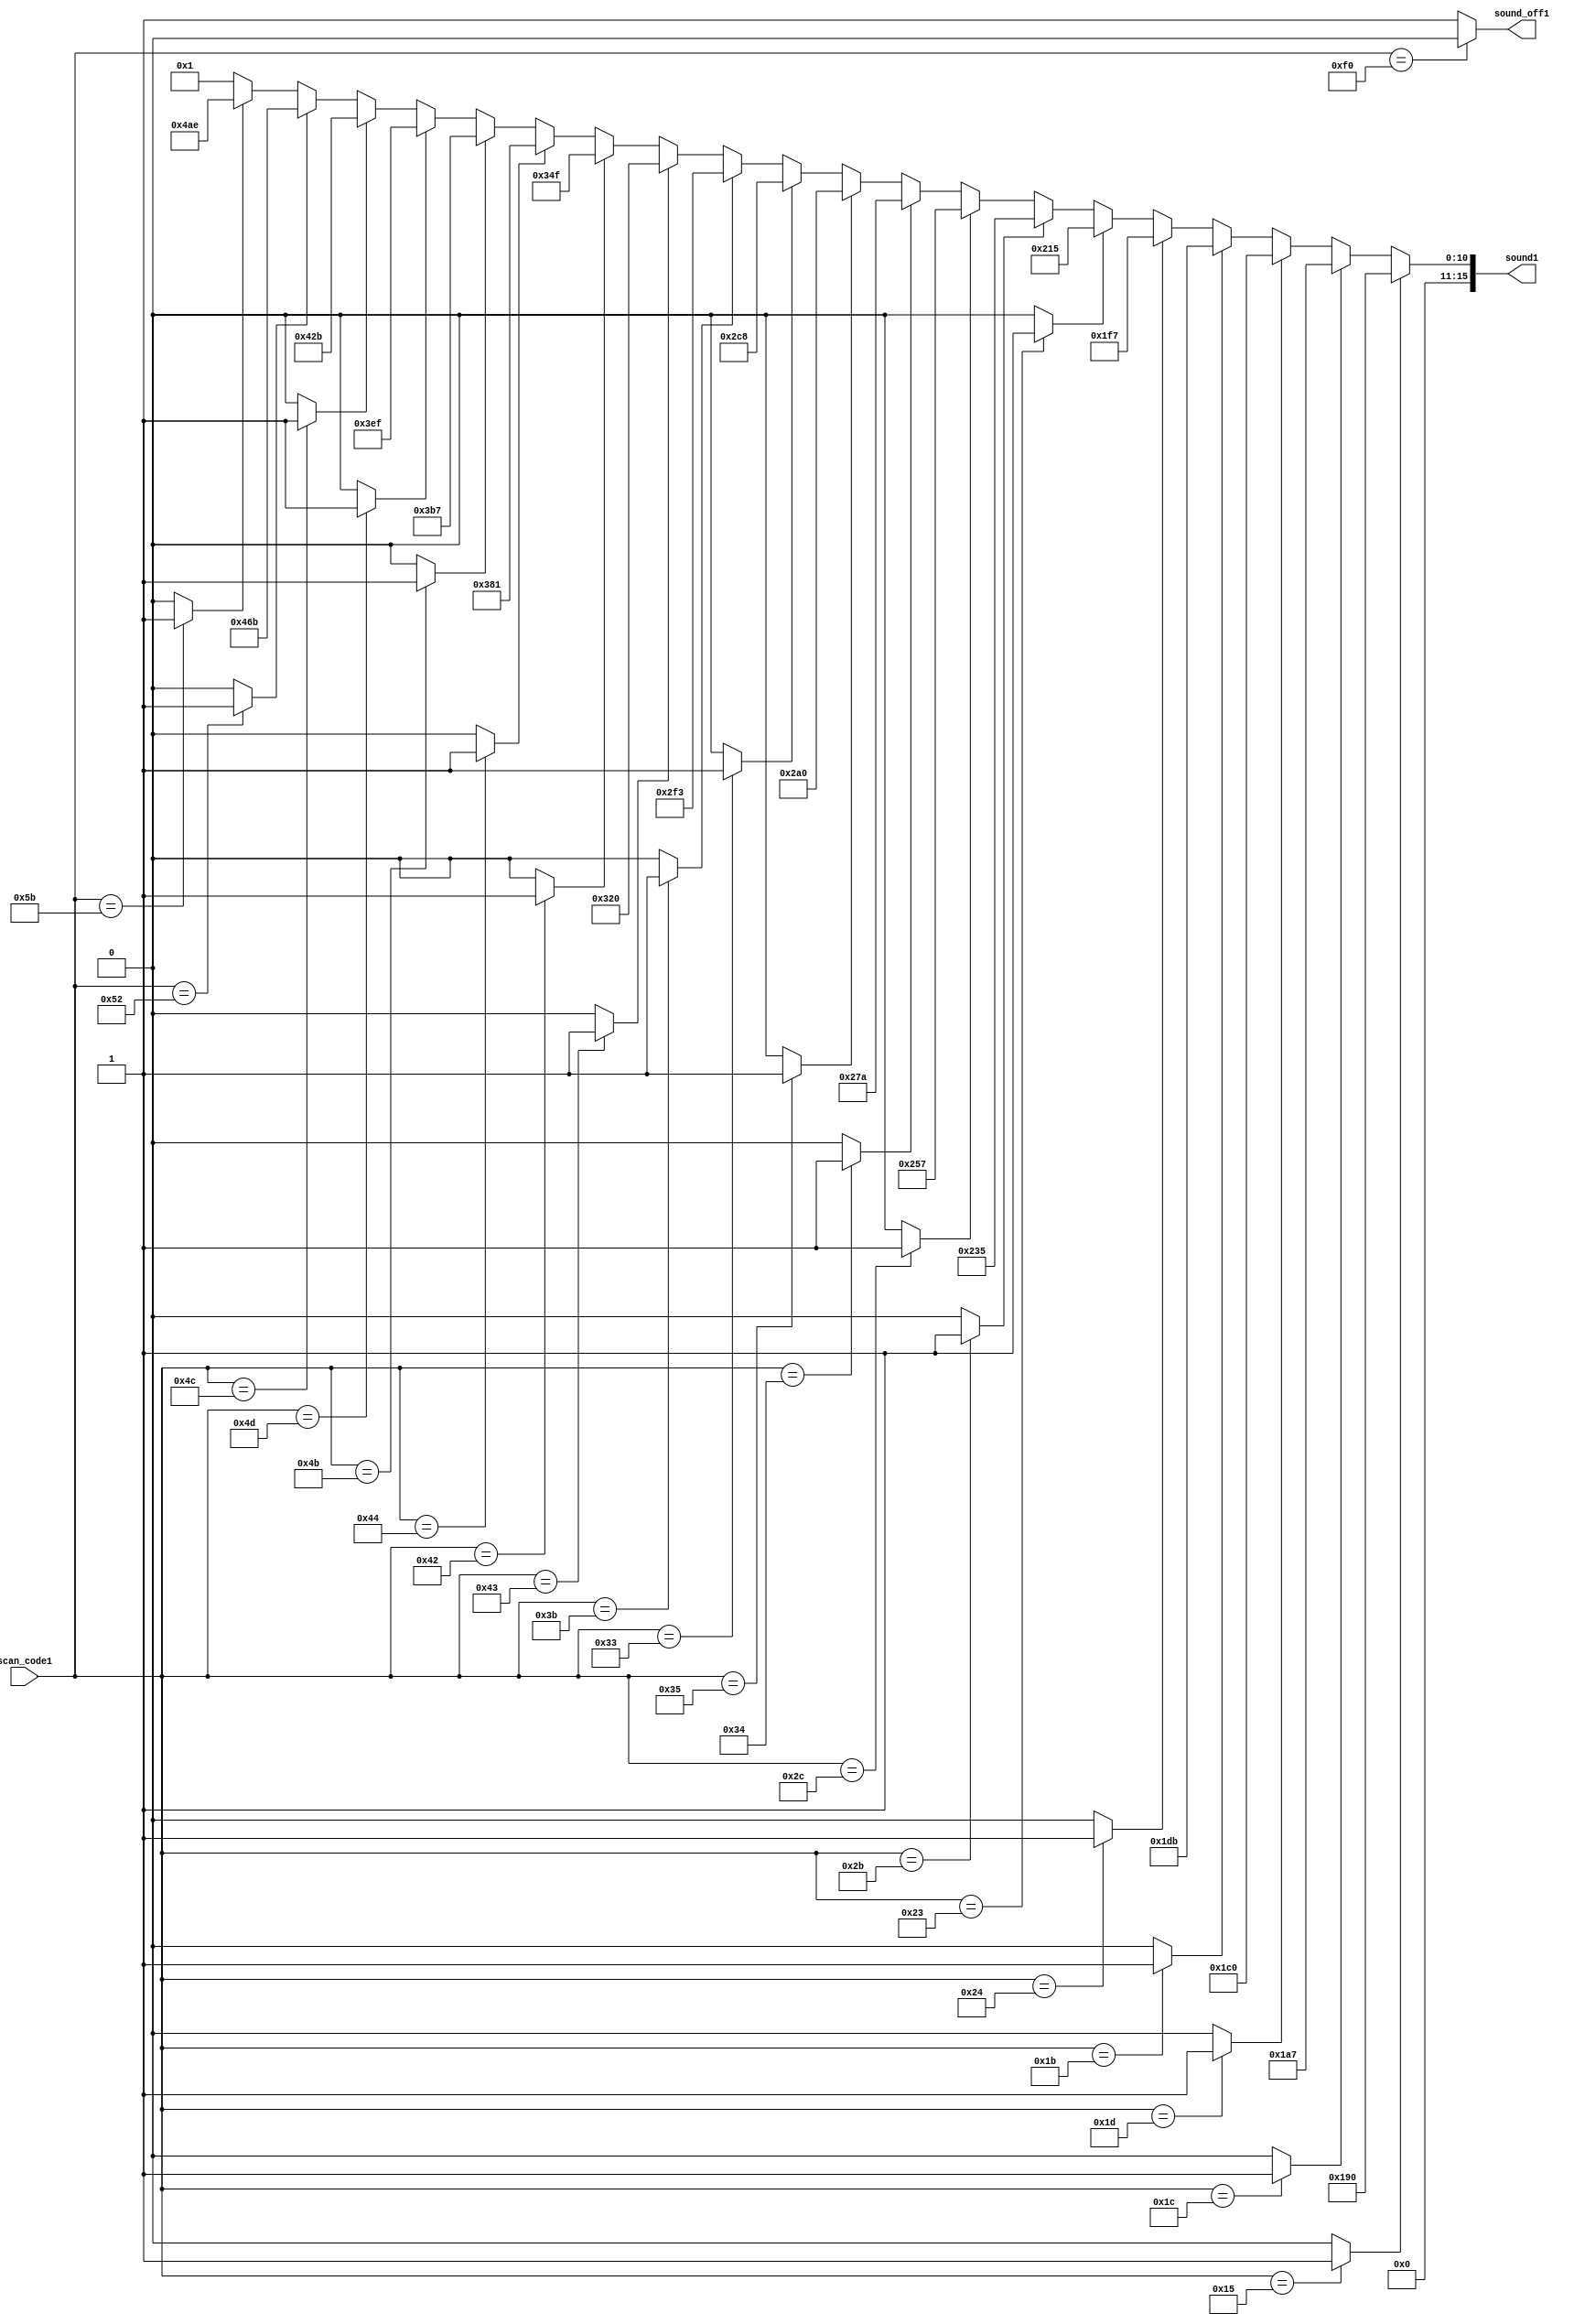
module staff(
	input [7:0]scan_code1,
	output [15:0]sound1,
	output sound_off1
);	
	assign sound_off1=(scan_code1==8'hf0)?0:1;
	wire L_5_tr=(scan_code1==8'h1c)?1:0;
	wire L_6_tr=(scan_code1==8'h1b)?1:0;
	wire L_7_tr=(scan_code1==8'h23)?1:0;
	wire M_1_tr=(scan_code1==8'h2b)?1:0;
	wire M_2_tr=(scan_code1==8'h34)?1:0;
	wire M_3_tr=(scan_code1==8'h33)?1:0;
	wire M_4_tr=(scan_code1==8'h3b)?1:0;
	wire M_5_tr=(scan_code1==8'h42)?1:0;
	wire M_6_tr=(scan_code1==8'h4b)?1:0;
	wire M_7_tr=(scan_code1==8'h4c)?1:0;
	wire H_1_tr=(scan_code1==8'h52)?1:0;
	wire H_2_tr=0;
	wire H_3_tr=0;
	wire H_4_tr=0;
	wire H_5_tr=0;
	wire Hu4_tr=0;
	wire Hu2_tr=0;
	wire Hu1_tr=(scan_code1==8'h5b)?1:0;
	wire Mu6_tr=(scan_code1==8'h4d)?1:0;
	wire Mu5_tr=(scan_code1==8'h44)?1:0;
	wire Mu4_tr=(scan_code1==8'h43)?1:0;
	wire Mu2_tr=(scan_code1==8'h35)?1:0;
	wire Mu1_tr=(scan_code1==8'h2c)?1:0;
	wire Lu6_tr=(scan_code1==8'h24)?1:0;
	wire Lu5_tr=(scan_code1==8'h1d)?1:0;
	wire Lu4_tr=(scan_code1==8'h15)?1:0;
	assign sound1=(    
		(Lu4_tr)?400  :(
		(L_5_tr)?423  :(
		(Lu5_tr)?448  :(
		(L_6_tr)?475  :(
		(Lu6_tr)?503  :(
		(L_7_tr)?533  :(
		(M_1_tr)?565  :(
		(Mu1_tr)?599  :(
		(M_2_tr)?634  :(
		(Mu2_tr)?672  :(
		(M_3_tr)?712  :(
		(M_4_tr)?755  :(
		(Mu4_tr)?800  :(
		(M_5_tr)?847  :(
		(Mu5_tr)?897  :(
		(M_6_tr)?951  :(
		(Mu6_tr)?1007 :(
		(M_7_tr)?1067 :(
		(H_1_tr)?1131 :(
		(Hu1_tr)?1198 :1
		)))))))))))))))))))
	);
endmodule